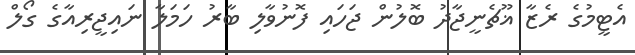
އެޓީމުގެ ރެޒާ ޣޫޗެނީޖާދު ބޮލުން ޖަހައި ފޮނުވާލި ބާރު ހަމަލާ ނައިޖީރިއާގެ ގޯލް